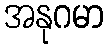
အနုဂမာ